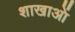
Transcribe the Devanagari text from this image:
शाखाआें